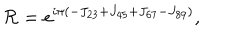
LaTeX: { \cal R } = e ^ { i \pi \left( - J _ { 2 3 } + J _ { 4 5 } + J _ { 6 7 } - J _ { 8 9 } \right) } ,